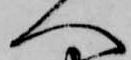
へ